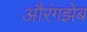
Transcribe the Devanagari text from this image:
औरंगझेब